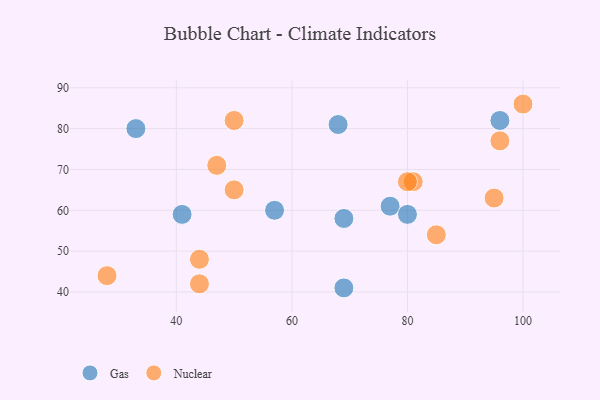
{"axis": {"x": "GDP", "y": "Life Expectancy"}, "legend": ["Gas", "Nuclear"], "data": [{"x": "33", "y": 80, "type": "Gas"}, {"x": "69", "y": 41, "type": "Gas"}, {"x": "41", "y": 59, "type": "Gas"}, {"x": "77", "y": 61, "type": "Gas"}, {"x": "68", "y": 81, "type": "Gas"}, {"x": "96", "y": 82, "type": "Gas"}, {"x": "57", "y": 60, "type": "Gas"}, {"x": "69", "y": 58, "type": "Gas"}, {"x": "80", "y": 59, "type": "Gas"}, {"x": "50", "y": 82, "type": "Nuclear"}, {"x": "47", "y": 71, "type": "Nuclear"}, {"x": "96", "y": 77, "type": "Nuclear"}, {"x": "50", "y": 65, "type": "Nuclear"}, {"x": "44", "y": 42, "type": "Nuclear"}, {"x": "95", "y": 63, "type": "Nuclear"}, {"x": "28", "y": 44, "type": "Nuclear"}, {"x": "85", "y": 54, "type": "Nuclear"}, {"x": "81", "y": 67, "type": "Nuclear"}, {"x": "80", "y": 67, "type": "Nuclear"}, {"x": "44", "y": 48, "type": "Nuclear"}, {"x": "100", "y": 86, "type": "Nuclear"}]}